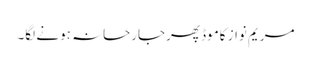
مریم نواز کاموڈ پھرجارحانہ ہونے لگا۔